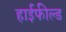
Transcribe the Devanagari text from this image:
हाईफील्ड